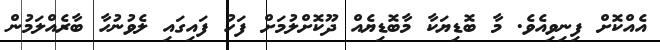
އެއްކޮށް ފިނިވިއެވެ. މާ ބޮޑިޔަކާ މާބޮޑިޔެއް ދޫކޮށްލުމަށް ފަހު ފައިގައި ލެވުނުހާ ބާރެއްލަމުން